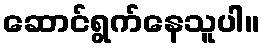
ဆောင်ရွက်နေသူပါ။